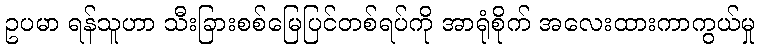
ဥပမာ ရန်သူဟာ သီးခြားစစ်မြေပြင်တစ်ရပ်ကို အာရုံစိုက် အလေးထားကာကွယ်မှု